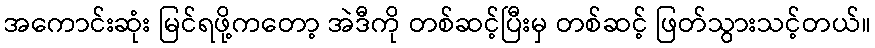
အကောင်းဆုံး မြင်ရဖို့ကတော့ အဲဒီကို တစ်ဆင့်ပြီးမှ တစ်ဆင့် ဖြတ်သွားသင့်တယ်။